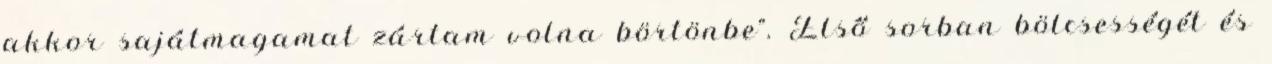
akkor sajátmagamat zártam volna börtönbe”. Első sorban bölcsességét és